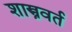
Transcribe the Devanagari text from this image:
शास्त्रवर्त